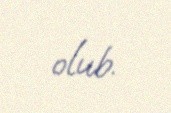
olub.